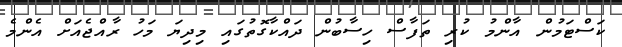
ކަސްޓަމުން އާންމު ކުރި ތަފާސް ހިސާބުން ދައްކާގޮތުގައި މިދިޔަ މަހު ރާއްޖެއަށް އެންމެ